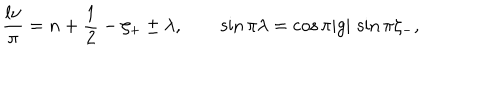
\frac { l \nu } { \pi } = n + \frac { 1 } { 2 } - \zeta _ { + } \pm \lambda , \qquad \sin \pi \lambda = \cos \pi | g | \, \sin \pi \zeta _ { - } ,